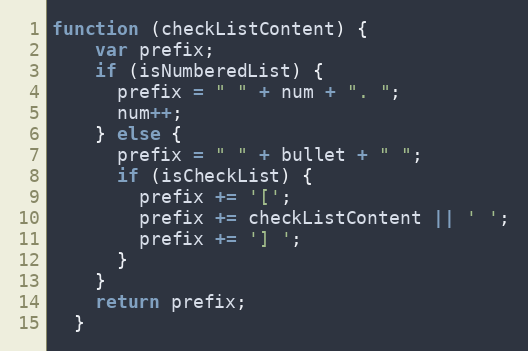
Language: JavaScript
function (checkListContent) {
    var prefix;
    if (isNumberedList) {
      prefix = " " + num + ". ";
      num++;
    } else {
      prefix = " " + bullet + " ";
      if (isCheckList) {
        prefix += '[';
        prefix += checkListContent || ' ';
        prefix += '] ';
      }
    }
    return prefix;
  }